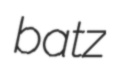
batz